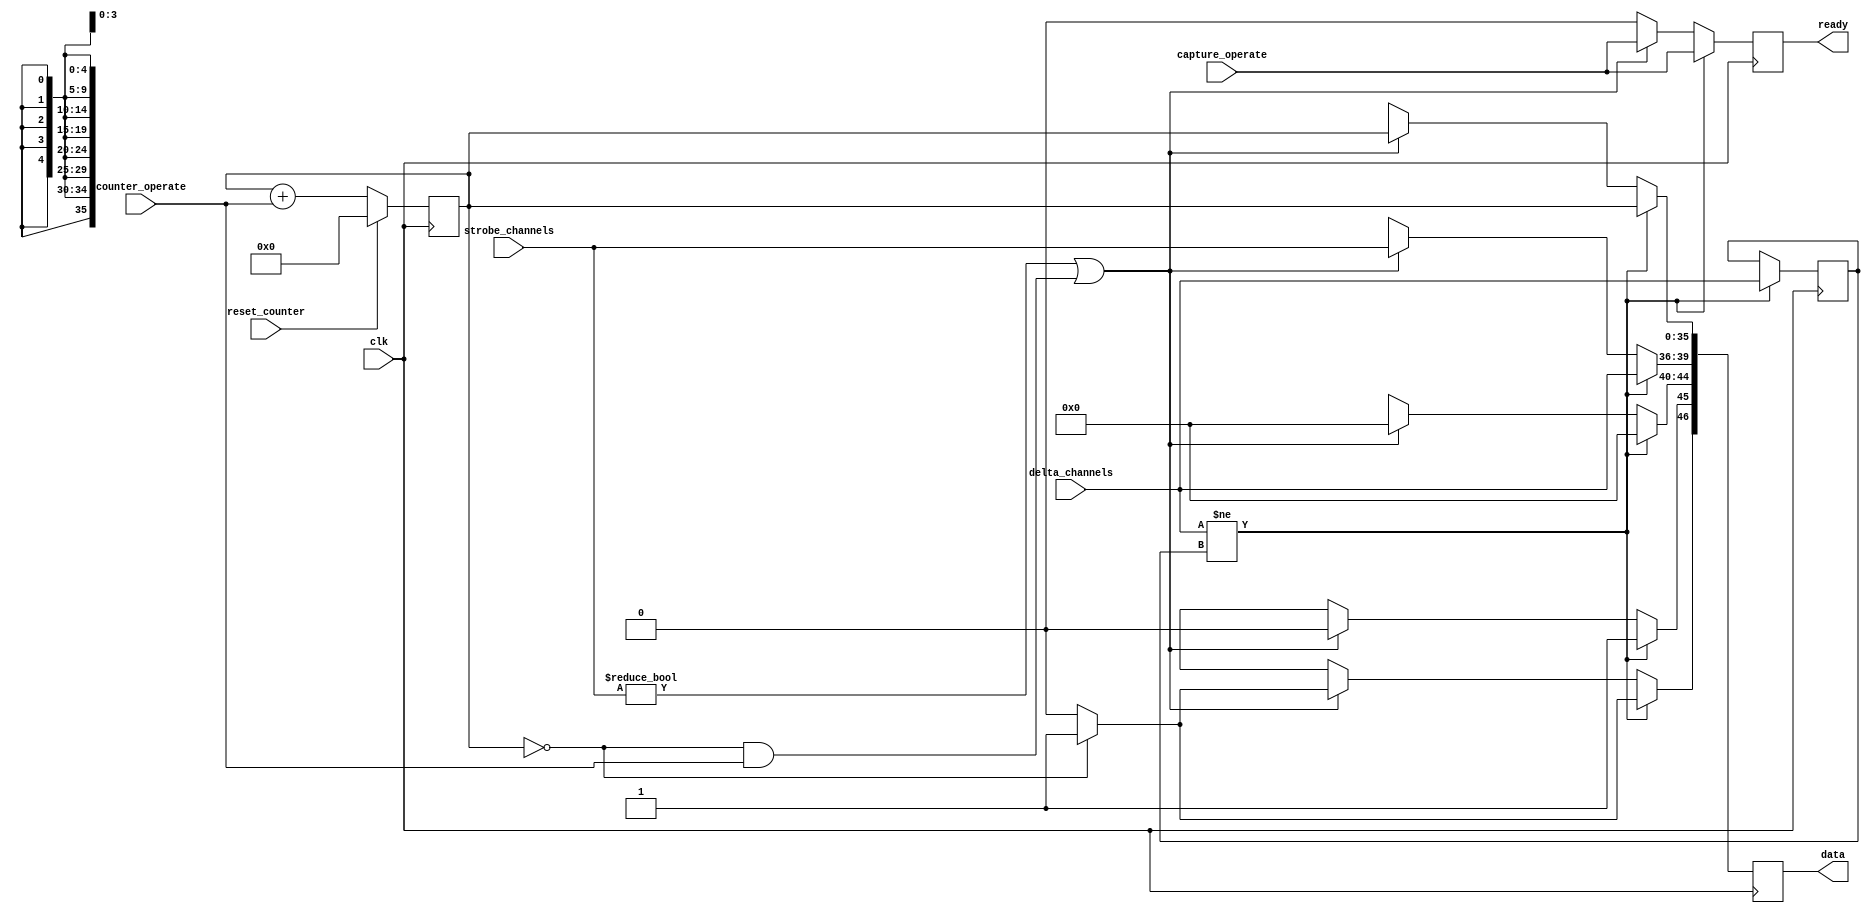
module event_tagger(
	strobe_channels,
	delta_channels,
	clk,
	reset_counter,
	capture_operate, counter_operate,
	data,
	ready
);

input [3:0] strobe_channels;
input [3:0] delta_channels;

input clk;
input reset_counter;
input capture_operate;
input counter_operate;

output ready; 
output [46:0] data;

reg [35:0] timer = 36'b0;
reg [3:0] old_delta = 3'b0;

reg ready = 0;
reg [46:0] data = 47'b0;

always @(posedge clk)
begin
	if (delta_channels != old_delta)			// First monitor delta inputs
	begin
		data[35:0] <= timer[35:0];
		data[39:36] <= delta_channels;
		data[44:40] <= 0;				// reserved
		data[45] <= 1;					// record type
		data[46] <= (timer==1'b0) ? 1'b1 : 1'b0;	// wraparound
		ready <= capture_operate;
		old_delta <= delta_channels;
	end
	else if (strobe_channels != 4'b0 || (timer == 36'b0 && counter_operate))
	begin
		data[35:0] <= timer[35:0];
		data[39:36] <= strobe_channels;
		data[44:40] <= 0;				// reserved
		data[45] <= 0;					// record type
		data[46] <= (timer==36'b0) ? 1'b1 : 1'b0;	// wraparound
		ready <= capture_operate;
	end
	else
	begin
		ready <= 0;
		data <= 47'bX;
	end
	
	/*if (reset_counter)
		timer <= 0;
	else if (counter_operate)
		timer <= timer + 1;*/
	timer <= reset_counter ? 0 : timer + counter_operate;
end

endmodule